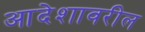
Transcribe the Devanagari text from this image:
आदेशावरील